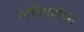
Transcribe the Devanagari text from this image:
मोहियुद्दिन